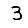
Digit: 3